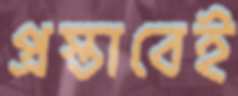
প্রস্তাবেই